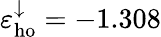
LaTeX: \varepsilon_{\mathrm{ho}}^{\downarrow}=-1.308